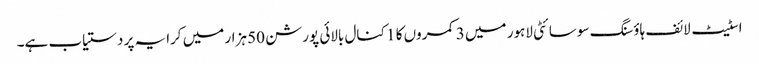
اسٹیٹ لائف ہاؤسنگ سوسائٹی لاہور میں 3 کمروں کا 1 کنال بالائی پورشن 50 ہزار میں کرایہ پر دستیاب ہے۔